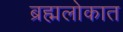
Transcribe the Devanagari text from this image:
ब्रह्मलोकात